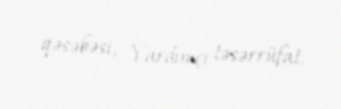
qəsəbəsi, Yardımçı təsərrüfat.